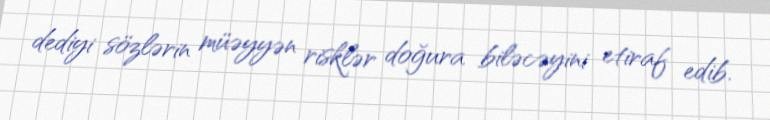
dediyi sözlərin müəyyən risklər doğura biləcəyini etiraf edib.